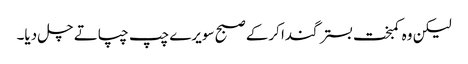
لیکن وہ کمبخت بستر گندا کرکے صبح سویرے چپ چپاتے چل دیا۔